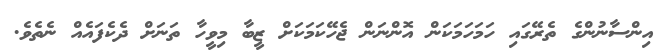
އިންސާނުންގެ ތެރޭގައި ހަމަހަމަކަން އޮންނަން ޖެހޭކަމަކަށް ޒީބާ މިވީހާ ތަނަށް ދެކެފައެއް ނެތެވެ.